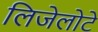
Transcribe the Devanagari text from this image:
लिजेलोटे